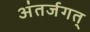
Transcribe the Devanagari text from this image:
अंतर्जगत्‌